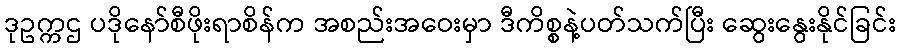
ဒုဥက္ကဌ ပဒိုနော်စီဖိုးရာစိန်က အစည်းအဝေးမှာ ဒီကိစ္စနဲ့ပတ်သက်ပြီး ဆွေးနွေးနိုင်ခြင်း